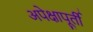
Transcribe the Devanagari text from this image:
अपेक्षापूर्ती